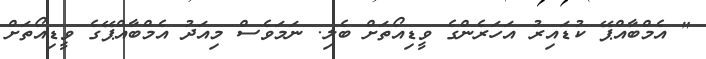
" އެމްބާއްޕޭ ކުޑައިރު އަހަރެންގެ ވީޑިއޯތަށް ބެލި. ނަމަވެސް މިއަދު އެމްބާއްޕޭގެ ވީޑިއޯތަށް